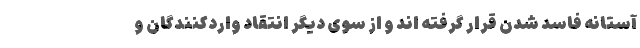
آستانه فاسد شدن قرار گرفته اند و از سوی دیگر انتقاد واردکنندگان و